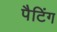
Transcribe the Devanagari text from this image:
पैटिंग